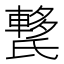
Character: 𰚺